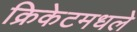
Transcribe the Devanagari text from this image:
क्रिकेटमधले